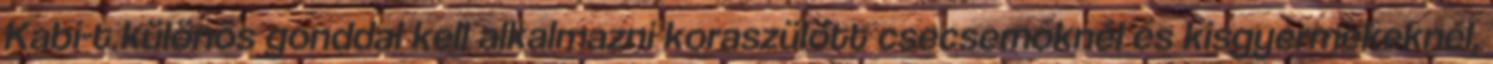
Kabi-t különös gonddal kell alkalmazni koraszülött csecsemőknél és kisgyermekeknél,